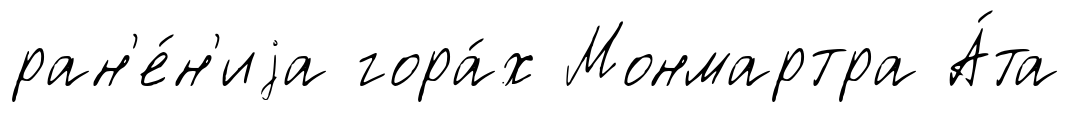
ран'е́н'иjа гора́х Монмартра А́та